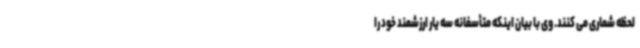
لحظه شماری می کنند. وی با بیان اینکه متأسفانه سه یار ارزشمند خود را